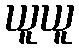
ယူယူ